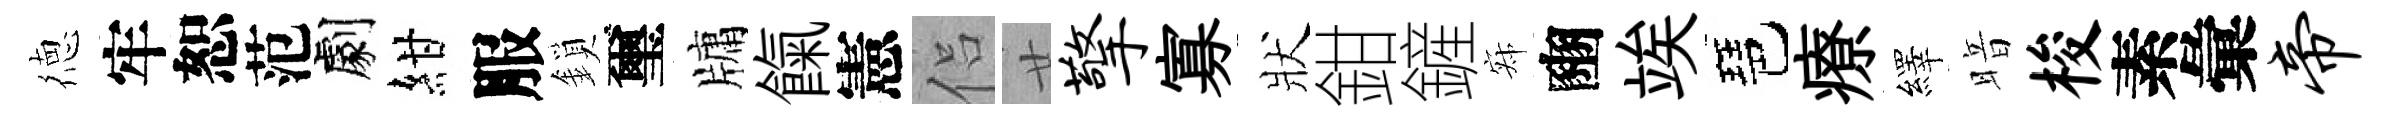
徳牢恕范劇紺服鎖璽牗餼憲侣廿擎寡狀鉗鏟寂豳竢琶療繹暗梭素彙帝